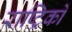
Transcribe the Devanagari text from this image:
राष्ट्रिकों